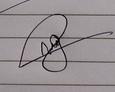
Signature authenticity: genuine